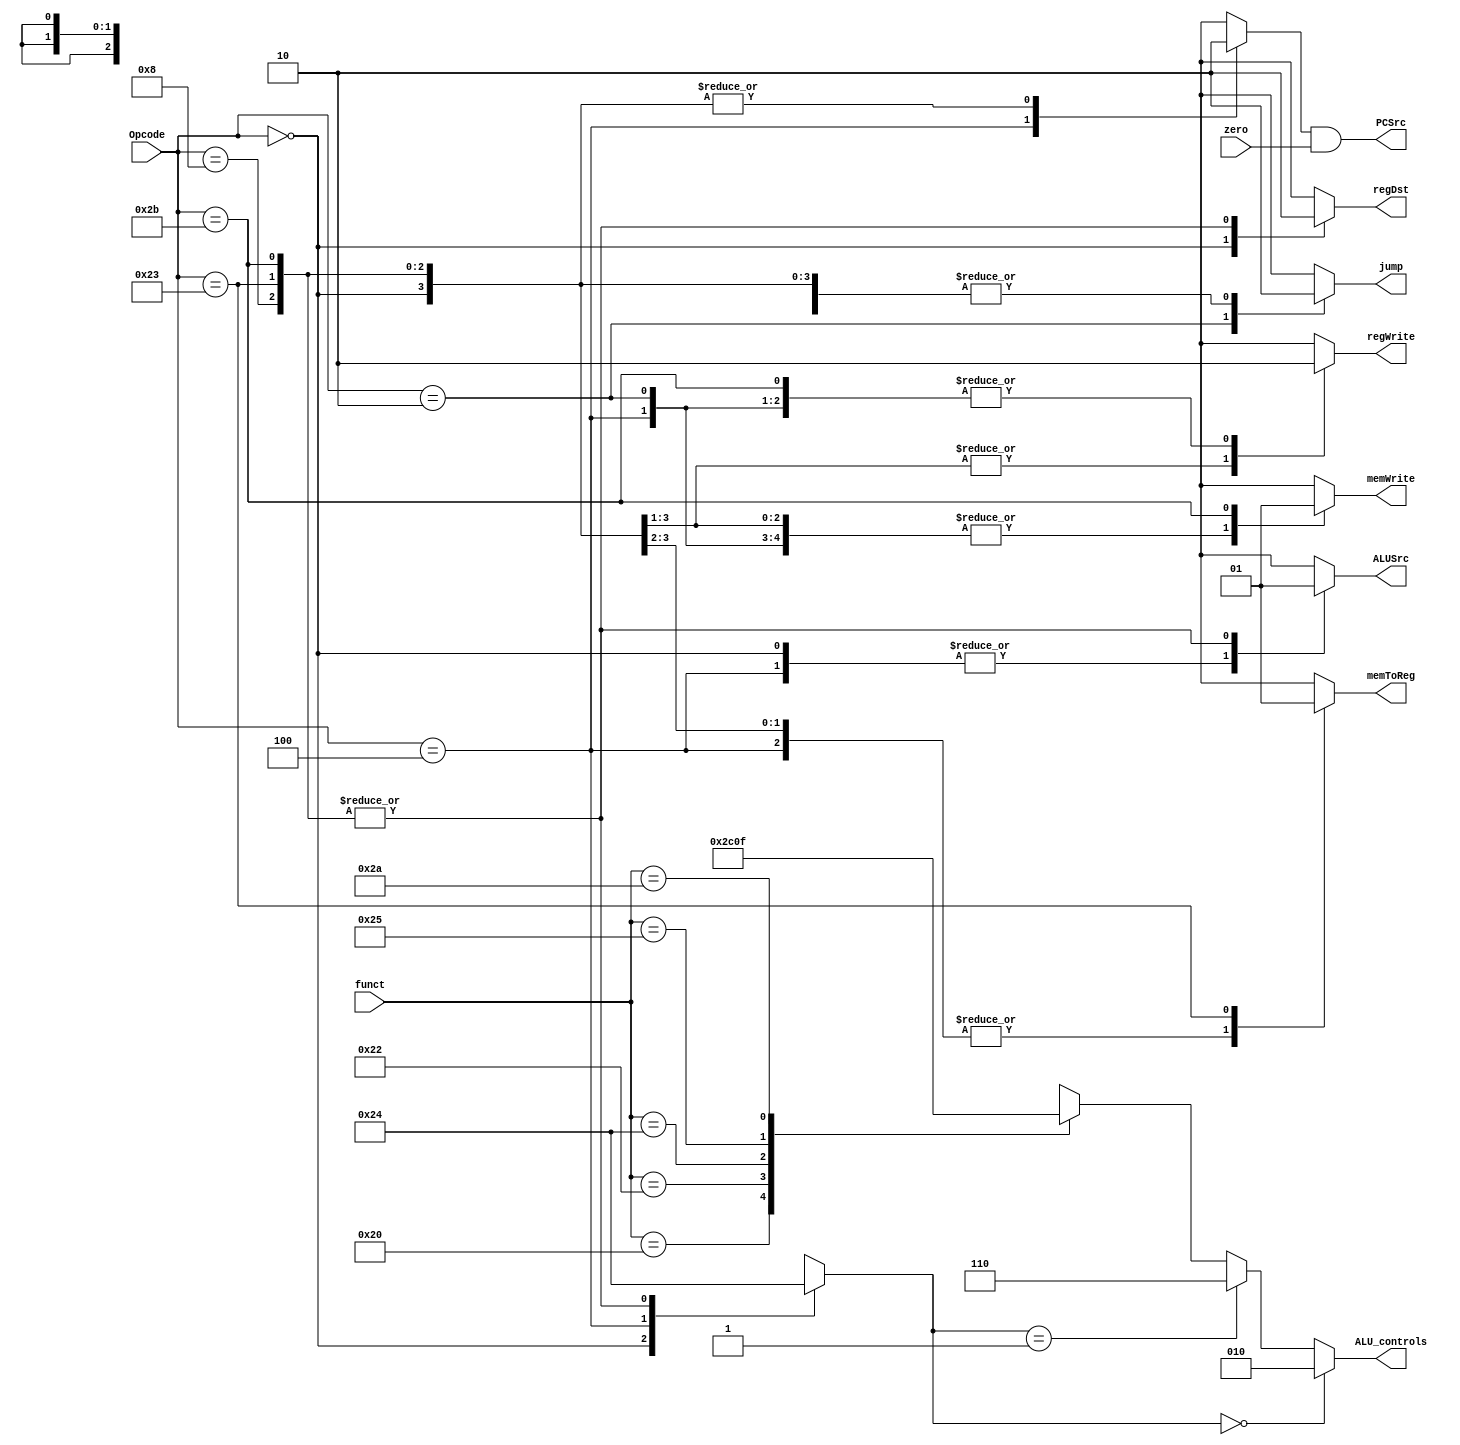
module controller
(
	input	[5:0] funct , Opcode,
	input zero,
	output reg 	regDst, 
					memToReg,
					memWrite,
					ALUSrc,
					regWrite,
					jump,
					PCSrc,
	output reg [2:0] ALU_controls
);
// Main control unit
	// instructions Opcode.
	localparam R    = 6'd 0 ;
	localparam addi = 6'd 8 ;
	localparam beq	 = 6'd 4	;
	localparam j 	 = 6'd 2 ;
	localparam sw   = 6'd 43 ;
	localparam lw 	 = 6'd 35 ;

	reg [1:0] ALUOp ;
	reg Branch;
	
	always @(*)
	begin
		case(Opcode)
			R		: 	begin	
							regDst 	= 1'b1  ; 
							ALUSrc 	= 1'b0  ; 
							memToReg = 1'b0  ; 
							regWrite = 1'b1  ; 
							memWrite = 1'b0  ; 
							Branch 	= 1'b0  ; 
							ALUOp 	= 2'b10 ; 
							jump 		= 1'b0  ; 
						end
							
			addi 	: 	begin	
							regDst 	= 1'b0 ; 
							ALUSrc 	= 1'b1 ; 
							memToReg = 1'b0 ; 
							regWrite = 1'b1 ; 
							memWrite = 1'b0 ; 
							Branch 	= 1'b0 ; 
							ALUOp 	= 2'b00 ; 
							jump 		= 1'b0 ; 
						end
							
			beq	: 	begin 	
							regDst 	= 1'bx ; 
							ALUSrc 	= 1'b0 ; 
							memToReg = 1'b0 ; 
							regWrite = 1'b0 ; 
							memWrite = 1'b0 ; 
							Branch 	= 1'b1 ; 
							ALUOp 	= 2'b01 ; 
							jump 		= 1'b0 ; 
						end
							
			j    : 	begin	
							regDst 	= 1'bx ; 
							ALUSrc 	= 1'bx ; 
							memToReg = 1'bx ; 
							regWrite = 1'b0 ; 
							memWrite = 1'b0 ; 
							Branch 	= 1'bx ; 
							ALUOp 	= 2'bxx ; 
							jump 		= 1'b1 ;	 
						end
							
			 lw 	: 	begin 	
							regDst 	= 1'b0 ; 
							ALUSrc 	= 1'b1 ; 
							memToReg = 1'b1 ; 
							regWrite = 1'b1 ; 
							memWrite = 1'b0 ; 
							Branch 	= 1'b0 ; 
							ALUOp 	= 2'b00 ; 
							jump 		= 1'b0 ; 
						end
						
			 sw 	: 	begin	
							regDst 	= 1'b0 ; 
							ALUSrc 	= 1'b1 ; 
							memToReg = 1'bx ; 
							regWrite = 1'b0 ; 
							memWrite = 1'b1 ; 
							Branch 	= 1'b0 ; 
							ALUOp 	= 2'b00 ; 
							jump 		= 1'b0 ; 
						end
							
			default : {regDst , ALUSrc , memToReg  , regWrite , memWrite , Branch , ALUOp , jump} = 9'dx ;
		endcase
		PCSrc = Branch & zero ;
	end
			
// ALU control unit
	always @(*)
		if (ALUOp == 2'b00)
			ALU_controls = 3'b010;	// add
		else if (ALUOp == 2'b01)
			ALU_controls = 3'b110;	// sub
		else
			case(funct) // R_format
				6'd32 : ALU_controls = 3'b010 ; // add
				6'd34 : ALU_controls = 3'b110 ; // subtract
				6'd36 : ALU_controls = 3'b000 ; // and 
				6'd37 : ALU_controls = 3'b001 ; // or
				6'd42 : ALU_controls = 3'b111 ; // set on less than
			 default : ALU_controls = 3'bxxx ; 
			endcase
endmodule